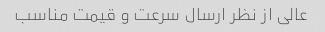
عالی از نظر ارسال سرعت و قیمت مناسب